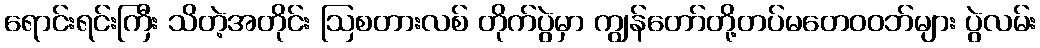
ရောင်းရင်းကြီး သိတဲ့အတိုင်း ဩစတားလစ် တိုက်ပွဲမှာ ကျွန်တော်တို့တပ်မတေဝဝဘ်များ ပွဲလမ်း